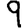
Digit: 9